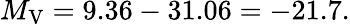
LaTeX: M_{\mathrm{V}}=9.36-31.06=-21.7.